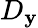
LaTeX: D_{\mathbf{y}}